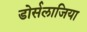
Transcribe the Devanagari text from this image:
डोर्सलाजिया